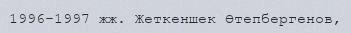
1996-1997 жж. Жеткеншек Өтепбергенов,